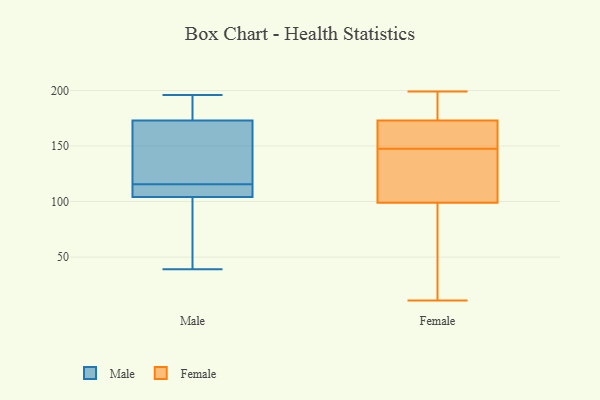
{"axis": {"x": "Net Income (USD K)", "y": "Value"}, "legend": ["Female", "Male"], "data": [{"x": "", "y": 167, "type": "Male"}, {"x": "", "y": 42, "type": "Male"}, {"x": "", "y": 39, "type": "Male"}, {"x": "", "y": 117, "type": "Male"}, {"x": "", "y": 173, "type": "Male"}, {"x": "", "y": 192, "type": "Male"}, {"x": "", "y": 110, "type": "Male"}, {"x": "", "y": 106, "type": "Male"}, {"x": "", "y": 58, "type": "Male"}, {"x": "", "y": 114, "type": "Male"}, {"x": "", "y": 45, "type": "Male"}, {"x": "", "y": 168, "type": "Male"}, {"x": "", "y": 104, "type": "Male"}, {"x": "", "y": 193, "type": "Male"}, {"x": "", "y": 179, "type": "Male"}, {"x": "", "y": 104, "type": "Male"}, {"x": "", "y": 196, "type": "Male"}, {"x": "", "y": 140, "type": "Male"}, {"x": "", "y": 199, "type": "Female"}, {"x": "", "y": 84, "type": "Female"}, {"x": "", "y": 123, "type": "Female"}, {"x": "", "y": 168, "type": "Female"}, {"x": "", "y": 172, "type": "Female"}, {"x": "", "y": 176, "type": "Female"}, {"x": "", "y": 11, "type": "Female"}, {"x": "", "y": 173, "type": "Female"}, {"x": "", "y": 127, "type": "Female"}, {"x": "", "y": 99, "type": "Female"}]}